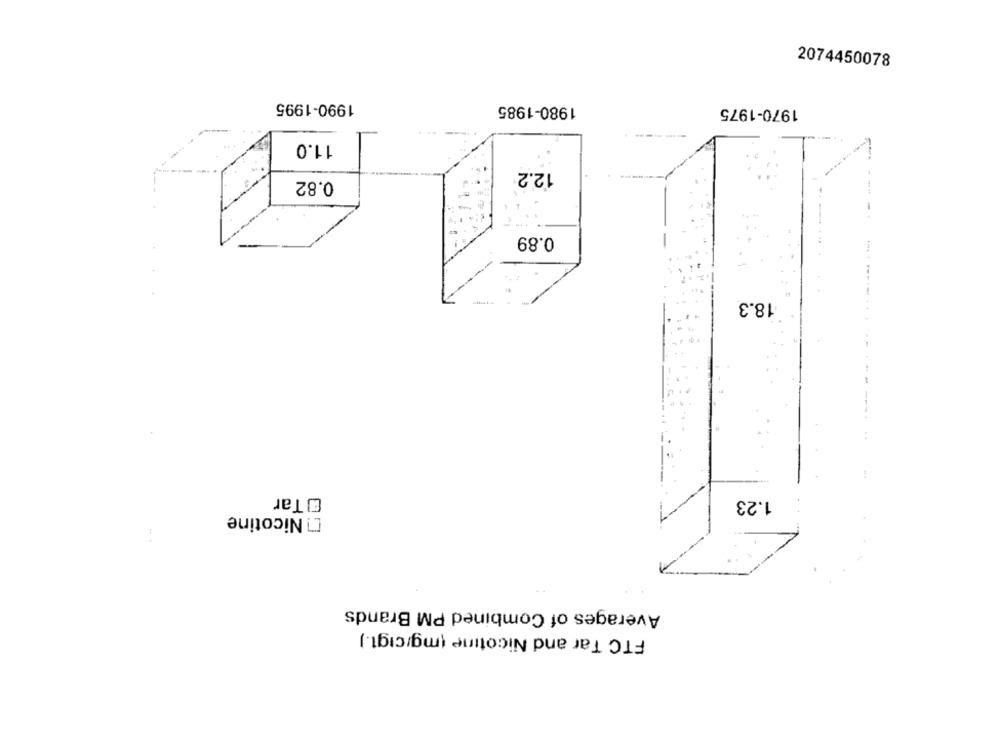
2074450078
1990-1995
1980-1985
1970-1975
11.0
12.2
0.82
0.89
18.3
E Tar
1.23
[] Nicotine
Averages of Combined PM Brands
FTC Tar and Nicotine (mg/cigt.)